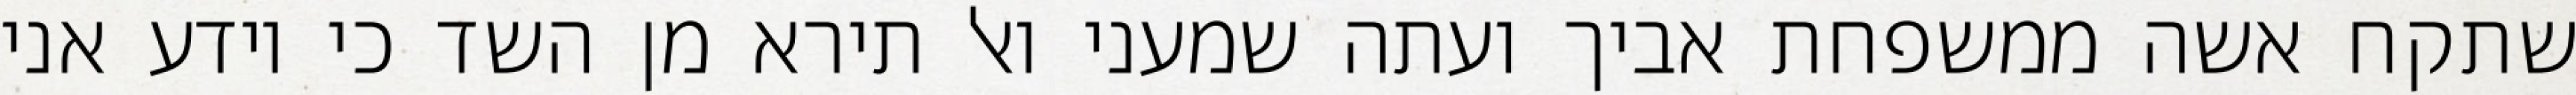
שתקח אשה ממשפחת אביך ועתה שמעני ואל תירא מן השד כי יודע אני